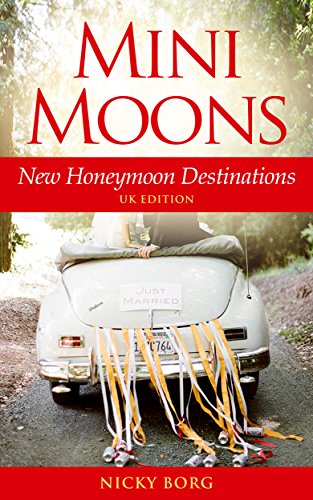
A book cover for Mini Moons: New Honeymoon Destinations; Nicky Borg; Crafts, Hobbies & Home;